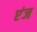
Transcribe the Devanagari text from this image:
एंज